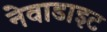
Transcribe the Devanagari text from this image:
नेवाडाइट